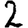
Digit: 2